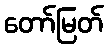
တော်မြတ်